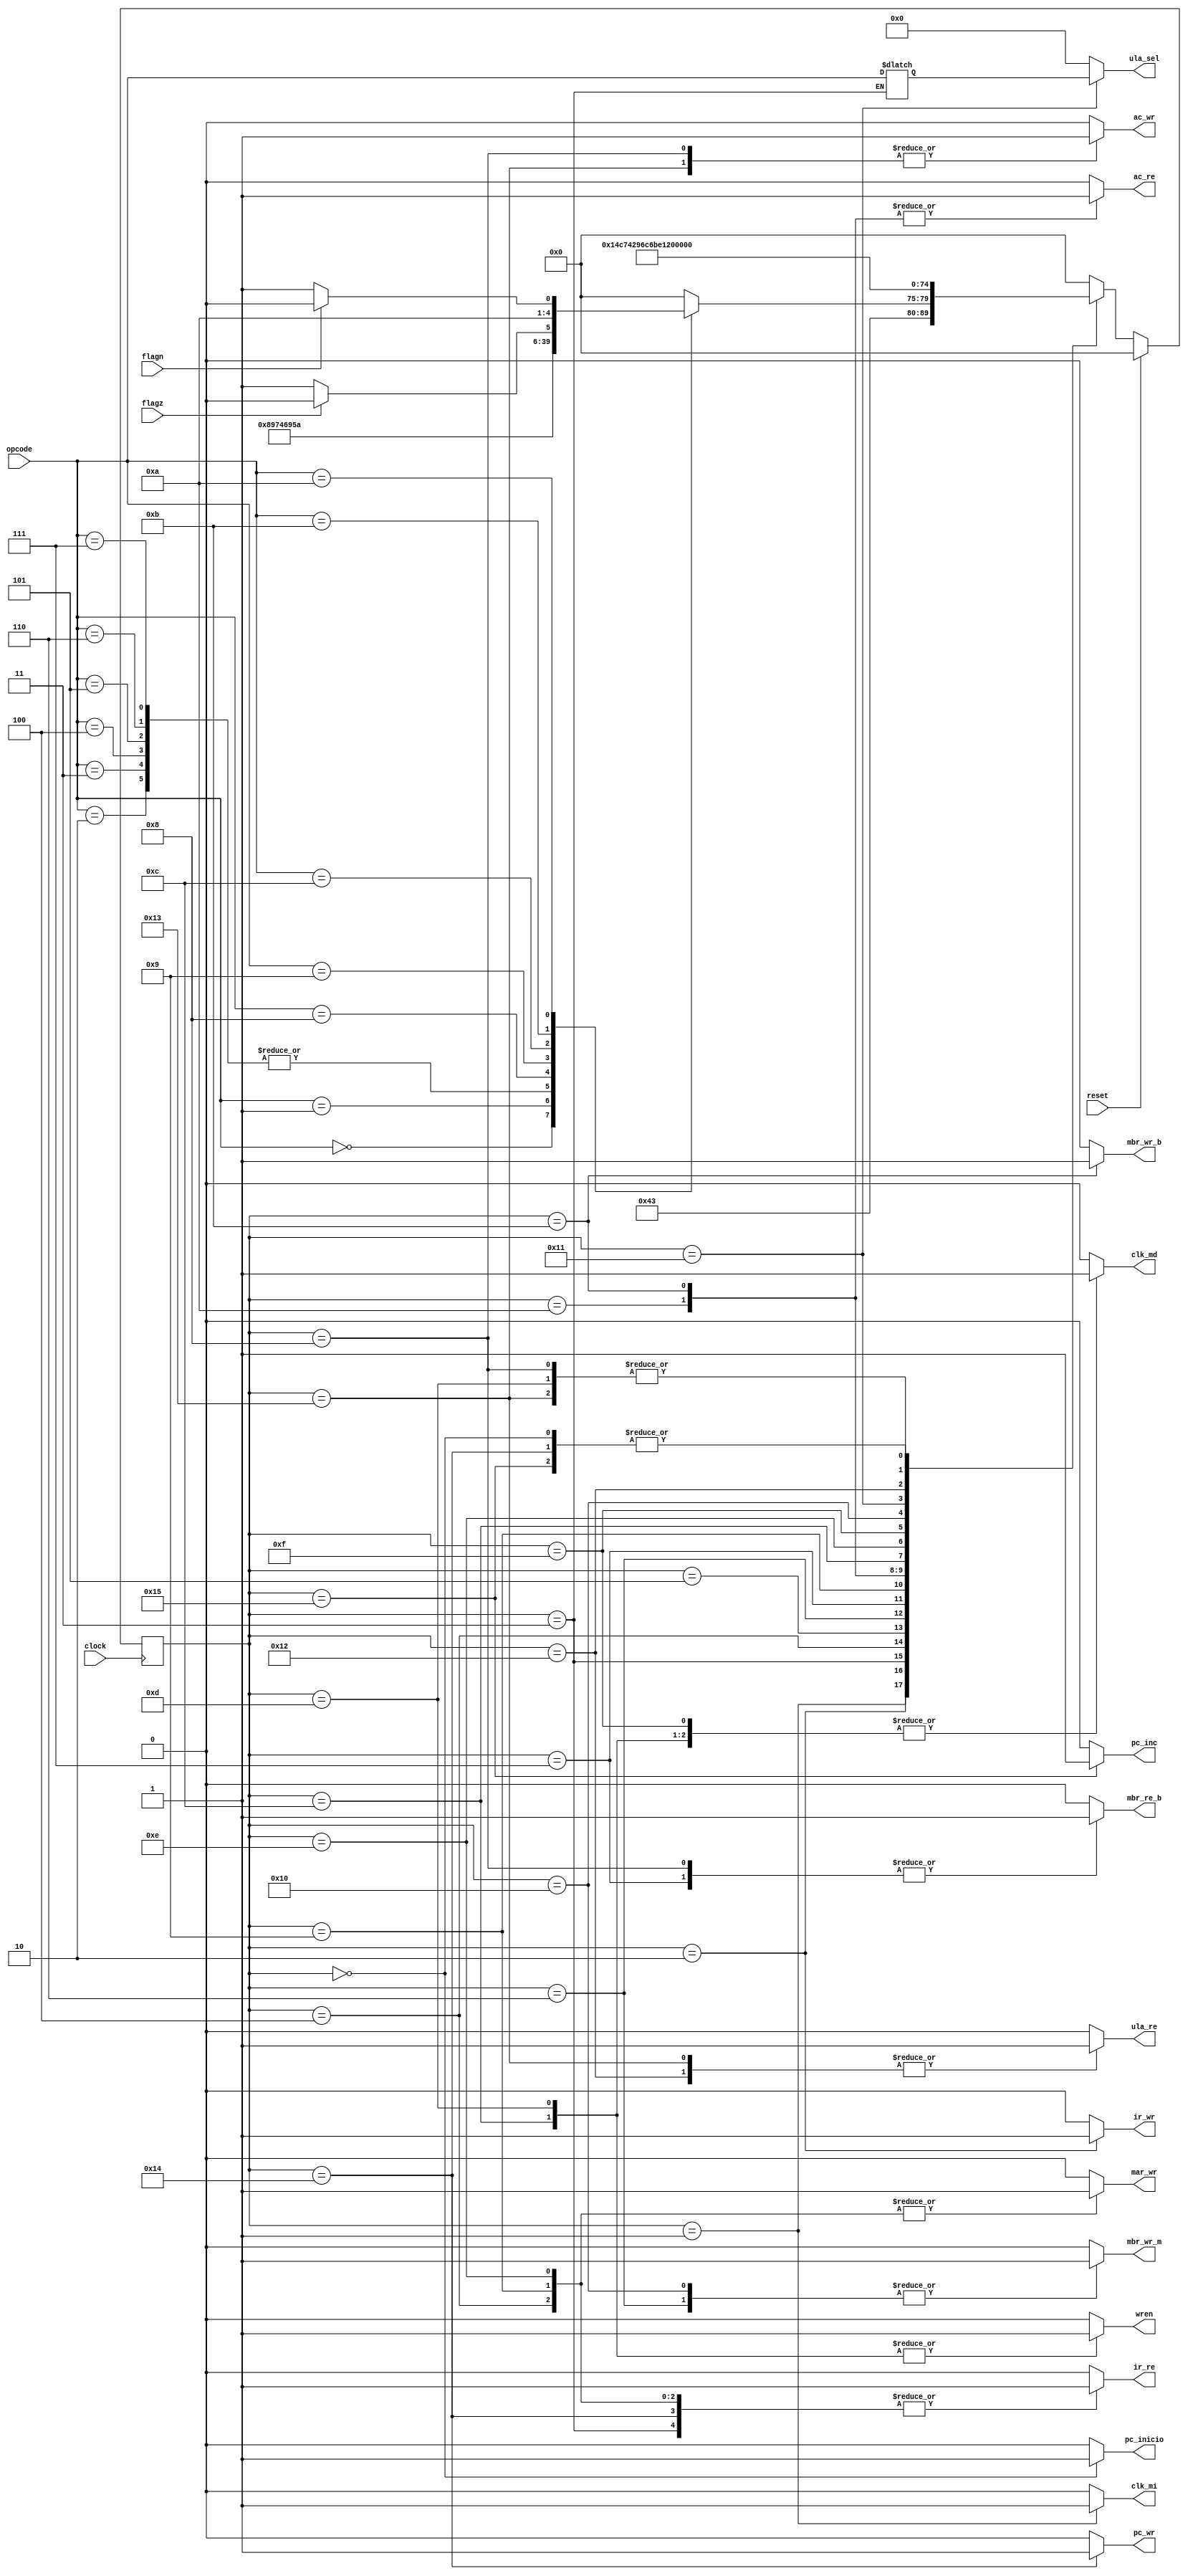
module processador_fsm (flagz, flagn, opcode, clock, reset,pc_inicio, pc_inc, pc_wr, ir_wr, ir_re, mar_wr, clk_md, clk_mi, mbr_wr_m, mbr_wr_b, mbr_re_b, ac_wr, ac_re, ula_sel, ula_re, wren);

	//Saidas
	output reg pc_inicio;
	output reg pc_inc;
	output reg pc_wr;
	output reg ir_wr;
	output reg ir_re;
	output reg mar_wr;
	output reg clk_md;
	output reg clk_mi;
	output reg mbr_wr_m;
	output reg mbr_wr_b;
	output reg mbr_re_b;
	output reg ac_wr;
	output reg ac_re;
	output reg [3:0]ula_sel;
	output reg ula_re;
	output reg wren;

	//Entradas
	input flagz;
	input flagn;
	input [3:0]opcode;
	input clock;
	input reset;
	
	//Regs
	reg [4:0]est_f;
	reg [4:0]est_a;
	reg [3:0]opcodeInter;

	//Parametros (estados)
	parameter inicio = 5'b00000;
	parameter ler_ir = 5'b00001;
	parameter dec_opcode_1 = 5'b00010;
	parameter dec_opcode_2 = 5'b00011;
	parameter load_1 = 5'b00100;
	parameter load_2 = 5'b00101;
	parameter load_3 = 5'b00110;
	parameter load_4 = 5'b00111;
	parameter load_5 = 5'b01000;
	parameter store_1 = 5'b01001;
	parameter store_2 = 5'b01010;
	parameter store_3 = 5'b01011;
	parameter store_4 = 5'b01100;
	parameter store_5 = 5'b01101;
	parameter ula_op_1 = 5'b01110;
	parameter ula_op_2 = 5'b01111;
	parameter ula_op_3 = 5'b10000;
	parameter ula_op_4 = 5'b10001;
	parameter ula_op_5 = 5'b10010;
	parameter ula_op_6 = 5'b10011;
	parameter jump = 5'b10100;
	parameter pc_incre = 5'b10101;
	
	//Parametros (opcodes)
	parameter lda = 4'b0000;
	parameter sta = 4'b0001;
	parameter add = 4'b0010;
	parameter sub = 4'b0011;
	parameter mul = 4'b0100;
	parameter div = 4'b0101;
	parameter andp = 4'b0110;
	parameter orp = 4'b0111;
	parameter notp = 4'b1000;
	parameter jmp = 4'b1001;
	parameter jn = 4'b1010;
	parameter jz = 4'b1011;
	parameter nop = 4'b1100;
	
	// Decodificador de prximo estado
	always @ (est_a, opcode, flagn, flagz)
	begin
		// Atribuicoes default
		est_f=inicio;
		case (est_a)
			inicio: 
				est_f=ler_ir;
			pc_incre:
				est_f=ler_ir;
			ler_ir:
				est_f=dec_opcode_1;
			dec_opcode_1: 
				est_f=dec_opcode_2;
			dec_opcode_2:
				begin
					case (opcode)
						lda: 
							est_f = load_1;
						sta: 
							est_f = store_1;
						add: 
							est_f = ula_op_1;
						sub: 
							est_f = ula_op_1;
						mul:
							est_f = ula_op_1;
						div: 
							est_f = ula_op_1;
						andp: 
							est_f = ula_op_1;
						orp: 
							est_f = ula_op_1;
						notp: 
							est_f = ula_op_4;
						jmp: 
							est_f = jump;
						nop: 
							est_f = pc_incre;
						jz:
							begin 
								if (flagz) est_f = jump;
								else est_f = pc_incre;
							end
						jn :
							begin 
								if (flagn) est_f = jump;
								else est_f=pc_incre;
							end
						default:	;
						
					endcase
				end
			load_1:	
				est_f=load_2;
			load_2: 
				est_f=load_3;
			load_3: 
				est_f=load_4;
			load_4: 
				est_f=load_5;
			load_5: 
				est_f=pc_incre;
			store_1: 
				est_f=store_2;
			store_2: 
				est_f=store_3;
			store_3: 
				est_f=store_4;
			store_4: 
				est_f=store_5;
			store_5: 
				est_f=pc_incre;
			ula_op_1: 
				est_f=ula_op_2;
			ula_op_2: 
				est_f=ula_op_3;
			ula_op_3: 
				est_f=ula_op_4;
			ula_op_4: 
				est_f=ula_op_5;
			ula_op_5: 
				est_f=ula_op_6;
			ula_op_6: 
				est_f=pc_incre;
			jump: 
				est_f=ler_ir;
			default:;
		endcase
	end	
	always @ (est_a)
	begin
		// Atribuicoes default
		pc_inicio = 1'b0;
		pc_inc = 1'b0;
		pc_wr = 1'b0;
		ir_wr = 1'b0;
		ir_re = 1'b0;
		mar_wr = 1'b0;
		clk_md = 1'b0;
		clk_mi = 1'b0;
		mbr_wr_m = 1'b0;
		mbr_wr_b = 1'b0;
		mbr_re_b = 1'b0;
		ac_wr = 1'b0;
		ac_re = 1'b0;
		ula_sel = 4'b0000;
		ula_re = 1'b0;
		wren=1'b0;
		case (est_a)
				inicio: 
					pc_inicio=1'b1;
				pc_incre:
					pc_inc=1'b1;
				ler_ir:
					clk_mi=1'b1;
				dec_opcode_1:
					ir_wr=1'b1;
				dec_opcode_2:
					begin
					ir_re=1'b1;
					opcodeInter=opcode;
					end
				load_1:
					begin
						mar_wr=1'b1;
						ir_re=1'b1;
					end
				load_2:
						clk_md=1'b1;
				load_3:
						mbr_wr_m=1'b1;
				load_4:
						mbr_re_b=1'b1;
				load_5:
					begin
						ac_wr=1'b1;
						mbr_re_b=1'b1;
					end
				store_1:
					begin
						mar_wr=1'b1;
						ir_re=1'b1;
					end
				store_2:
					begin
						ac_re=1'b1;
						clk_md=1'b1;
					end
				store_3:
					begin
						ac_re=1'b1;
						mbr_wr_b=1'b1;
					end
				store_4:
					begin
						clk_md=1'b1;
						wren=1'b1;
					end
				store_5:
					begin
						clk_md=1'b1;
						wren=1'b1;
					end
				ula_op_1:
					begin
						mar_wr=1'b1;
						ir_re=1'b1;
					end
				ula_op_2:
						clk_md=1'b1;
				ula_op_3:
						mbr_wr_m=1'b1;
				ula_op_4:
						ula_sel=opcodeInter;
				ula_op_5:
						ula_re=1'b1;
				ula_op_6:
					begin
						ula_re=1'b1;
						ac_wr=1'b1;
					end
				jump:
					begin
						pc_wr=1'b1;
						ir_re=1'b1;
					end
				default:;
			endcase
	
	end	
	always @ (posedge clock)
		begin
			if (reset) est_a<=inicio;
			else est_a<=est_f;
		end
endmodule